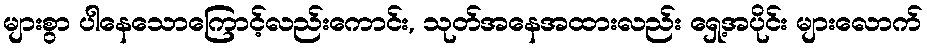
များစွာ ပါနေသောကြောင့်လည်းကောင်း, သုတ်အနေအထားလည်း ရှေ့အပိုင်း များလောက်